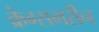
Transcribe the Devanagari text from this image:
क्रेग्समरीन